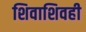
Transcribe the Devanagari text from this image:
शिवाशिवही